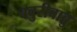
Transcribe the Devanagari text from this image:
बबुरीबाबु